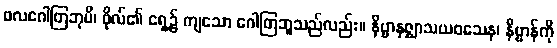
ဖလဂေါတြဘုပိ၊ ဖိုလ်၏ ရှေ့၌ ကျသော ဂေါတြဘူသည်လည်း။ နိဗ္ဗာနဇ္ဈာသယဝသေန၊ နိဗ္ဗာန်ကို